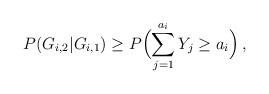
LaTeX: \begin{align*}P(G_{i,2}|G_{i,1})\geq P\Bigl(\sum_{j=1}^{a_i} Y_j\geq a_i\Bigr)\,,\end{align*}